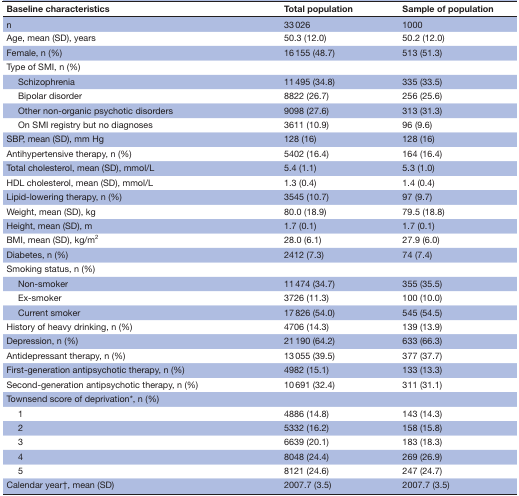
<table><thead><tr><td><b>Baseline characteristics</b></td><td><b>Total population</b></td><td><b>Sample of population</b></td></tr></thead><tbody><tr><td>n</td><td>33 026</td><td>1000</td></tr><tr><td>Age, mean (SD), years</td><td>50.3 (12.0)</td><td>50.2 (12.0)</td></tr><tr><td>Female, n (%)</td><td>16 155 (48.7)</td><td>513 (51.3)</td></tr><tr><td>Type of SMI, n (%)</td><td></td><td></td></tr><tr><td>Schizophrenia</td><td>11 495 (34.8)</td><td>335 (33.5)</td></tr><tr><td>Bipolar disorder</td><td>8822 (26.7)</td><td>256 (25.6)</td></tr><tr><td>Other non-organic psychotic disorders</td><td>9098 (27.6)</td><td>313 (31.3)</td></tr><tr><td>On SMI registry but no diagnoses</td><td>3611 (10.9)</td><td>96 (9.6)</td></tr><tr><td>SBP, mean (SD), mm Hg</td><td>128 (16)</td><td>128 (16)</td></tr><tr><td>Antihypertensive therapy, n (%)</td><td>5402 (16.4)</td><td>164 (16.4)</td></tr><tr><td>Total cholesterol, mean (SD), mmol/L</td><td>5.4 (1.1)</td><td>5.3 (1.0)</td></tr><tr><td>HDL cholesterol, mean (SD), mmol/L</td><td>1.3 (0.4)</td><td>1.4 (0.4)</td></tr><tr><td>Lipid-lowering therapy, n (%)</td><td>3545 (10.7)</td><td>97 (9.7)</td></tr><tr><td>Weight, mean (SD), kg</td><td>80.0 (18.9)</td><td>79.5 (18.8)</td></tr><tr><td>Height, mean (SD), m</td><td>1.7 (0.1)</td><td>1.7 (0.1)</td></tr><tr><td>BMI, mean (SD), kg/m<sup>2</sup></td><td>28.0 (6.1)</td><td>27.9 (6.0)</td></tr><tr><td>Diabetes, n (%)</td><td>2412 (7.3)</td><td>74 (7.4)</td></tr><tr><td>Smoking status, n (%)</td><td></td><td></td></tr><tr><td>Non-smoker</td><td>11 474 (34.7)</td><td>355 (35.5)</td></tr><tr><td>Ex-smoker</td><td>3726 (11.3)</td><td>100 (10.0)</td></tr><tr><td>Current smoker</td><td>17 826 (54.0)</td><td>545 (54.5)</td></tr><tr><td>History of heavy drinking, n (%)</td><td>4706 (14.3)</td><td>139 (13.9)</td></tr><tr><td>Depression, n (%)</td><td>21 190 (64.2)</td><td>633 (66.3)</td></tr><tr><td>Antidepressant therapy, n (%)</td><td>13 055 (39.5)</td><td>377 (37.7)</td></tr><tr><td>First-generation antipsychotic therapy, n (%)</td><td>4982 (15.1)</td><td>133 (13.3)</td></tr><tr><td>Second-generation antipsychotic therapy, n (%)</td><td>10 691 (32.4)</td><td>311 (31.1)</td></tr><tr><td>Townsend score of deprivation*, n (%)</td><td></td><td></td></tr><tr><td>1</td><td>4886 (14.8)</td><td>143 (14.3)</td></tr><tr><td>2</td><td>5332 (16.2)</td><td>158 (15.8)</td></tr><tr><td>3</td><td>6639 (20.1)</td><td>183 (18.3)</td></tr><tr><td>4</td><td>8048 (24.4)</td><td>269 (26.9)</td></tr><tr><td>5</td><td>8121 (24.6)</td><td>247 (24.7)</td></tr><tr><td>Calendar year†, mean (SD)</td><td>2007.7 (3.5)</td><td>2007.7 (3.5)</td></tr></tbody></table>